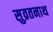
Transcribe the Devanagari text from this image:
सुव्रतनाथ